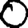
Digit: 0